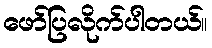
ဖော်ပြလိုက်ပါတယ်။